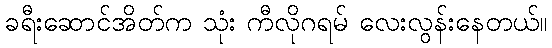
ခရီးဆောင်အိတ်က သုံး ကီလိုဂရမ် လေးလွန်းနေတယ်။